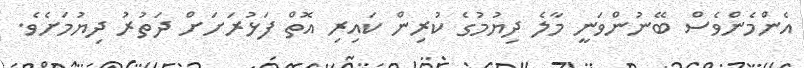
އެންމެންވެސް ބޭނުންވަނީ މާލެ ދިޔުމުގެ ކުރިން ކައިރި އޮތް ފަޅުރަށަށް ދަތުރު ދިޔުމަށެވެ.